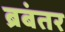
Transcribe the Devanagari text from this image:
ब्रबंतर